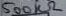
Text: 500kΩ